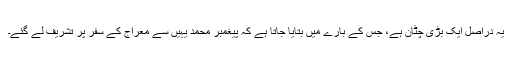
یہ دراصل ایک بڑی چٹان ہے، جس کے بارے میں بتایا جاتا ہے کہ پیغمبر محمد یہیں سے معراج کے سفر پر تشریف لے گئے۔